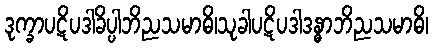
ဒုက္ခာပဋိပဒါခိပ္ပါဘိညသမာဓိ၊သုခါပဋိပဒါဒန္ဓာဘိညသမာဓိ၊